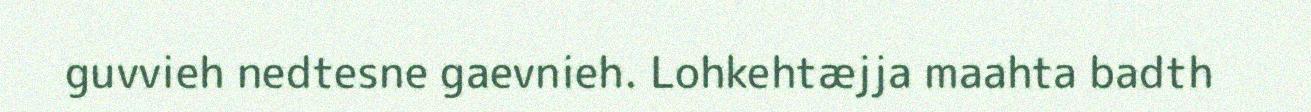
guvvieh nedtesne gaevnieh. Lohkehtæjja maahta badth